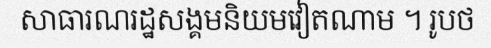
សាធារណរដ្ឋសង្គមនិយមវៀតណាម ។ រូបថ